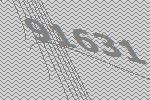
91631